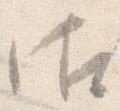
御